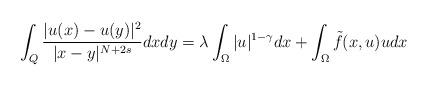
LaTeX: \begin{align*} \int_{Q}\frac{|u(x)-u(y)|^2}{|x-y|^{N+2s}}dxdy=\lambda\int_{\Omega}|u|^{1-\gamma}dx+\int_{\Omega}\tilde{f}(x, u)udx \end{align*}